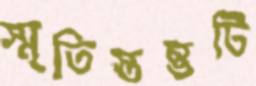
স্মৃতিস্তম্ভটি